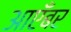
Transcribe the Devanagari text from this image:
आएँबर